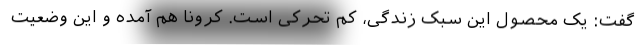
گفت: یک محصول این سبک زندگی، کم تحرکی است. کرونا هم آمده و این وضعیت